Papers set at the Examination for Leaving Certificates, 1895
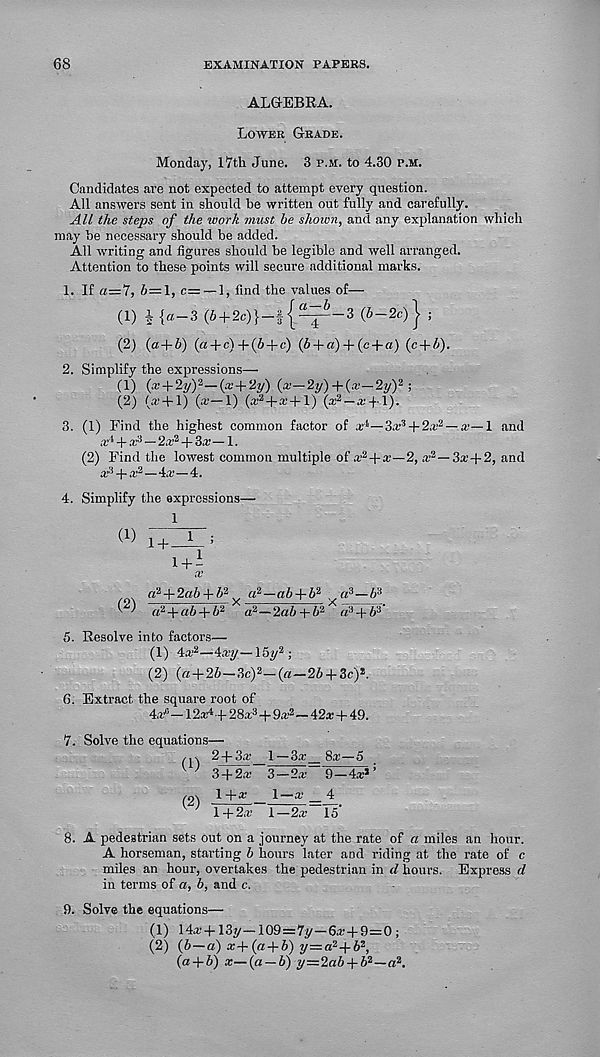
68
EXAMINATION PAPERS.
ALGEBRA.
Lower Grade.
Monday, 17th June. 3 p.m. to 4.30 p.m.
Candidates are not expected to attempt every question.
All answers sent in should he written out fully and carefully.
All the steps of the ivork must be shown, and any explanation which
may he necessary should be added.
All writing and figures should be legible and well arranged.
Attention to these points will secure additional marks.
1. If a=7, 6=1, c= — 1, find the values of—
(1) \ {«—3 (6 + 2 C )}-f{^-3 (6—2c) ^ ;
(2) (a+6) (« + c)+(6 + e) {b + a) + (ca) (c + 6).
2. Simplify the expressions—
(1) (a; + 2y) 2 —(a' + 2y) (a;—2y)+(.r—2?/) 2 ;
(2) (a’ + l) (a;—1) (a ,2 -f-a:+l) (a: 2 —a' + l).
3. (1) Find the highest common factor of ar 1 —3a ,3 4-2a' 2 — x—1 and
ad + a; 3 — 2a; 2 + 3a; — 1.
(2) Find the lowest common multiple of a’ 2 +a;—2, a’ 2 —3a’+2, and
a ,3 -f a’ 2 —4a’—4.
4. Simplify the expressions—
^ 1+ A ;
1+1 X
ai+Zab + b 2 a 2 —«6 + 6 2 a 3 —6 3
• ^ rt 2 + a6 + 6 2 a 2 —2a6 + 6 2 a 3 -f6 3
5. Resolve into factors—
(1) 4a l2 —4a’?/—15y 3 ;
(2) (a + 26—3c) 2 — («—26 + 3c) 1 .
6. Extract the square root of
4+ — 12a4 ■ + 28a 3 -(- 9a; 2 —42a + 49.
7. Solve the equations—
2 + 3a’ 1 —3a_8a —6
^ ; 3 +2a 3^2S~ 9—4a* ’
(9) l+ a ' ’ _ 1—^ _ 4
V
l+2x 1—2a 15'
8. A pedestrian sets out on a journey at the rate of a miles an hour.
A horseman, starting 6 hours later and riding at the rate of c
miles an hour, overtakes the pedestrian in d hours. Express d
in terms of a, b, and c.
9. Solve the equations—
(1) 14a’+13y-109=7y-6a’+9=0;
(2) (6—a) a+(a + 6) y=a 2 +6 2 ,
(ad-6) x—(a — b) y=2a6 + 6 2 —a 2 .